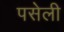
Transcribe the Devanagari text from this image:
पसेली